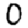
Digit: 0